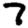
Digit: 7